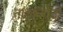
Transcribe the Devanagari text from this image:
ताइक्वोंदो